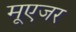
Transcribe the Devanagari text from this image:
मूएजर